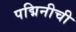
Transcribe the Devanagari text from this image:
पद्मिनीची